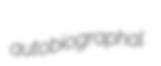
autobiographal